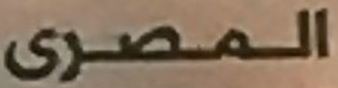
المصرى